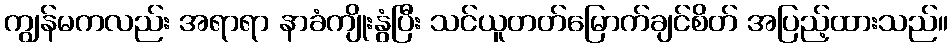
ကျွန်မကလည်း အရာရာ နာခံကျိုးနွံပြီး သင်ယူတတ်မြောက်ချင်စိတ် အပြည့်ထားသည်။